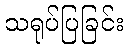
သရုပ်ပြခြင်း